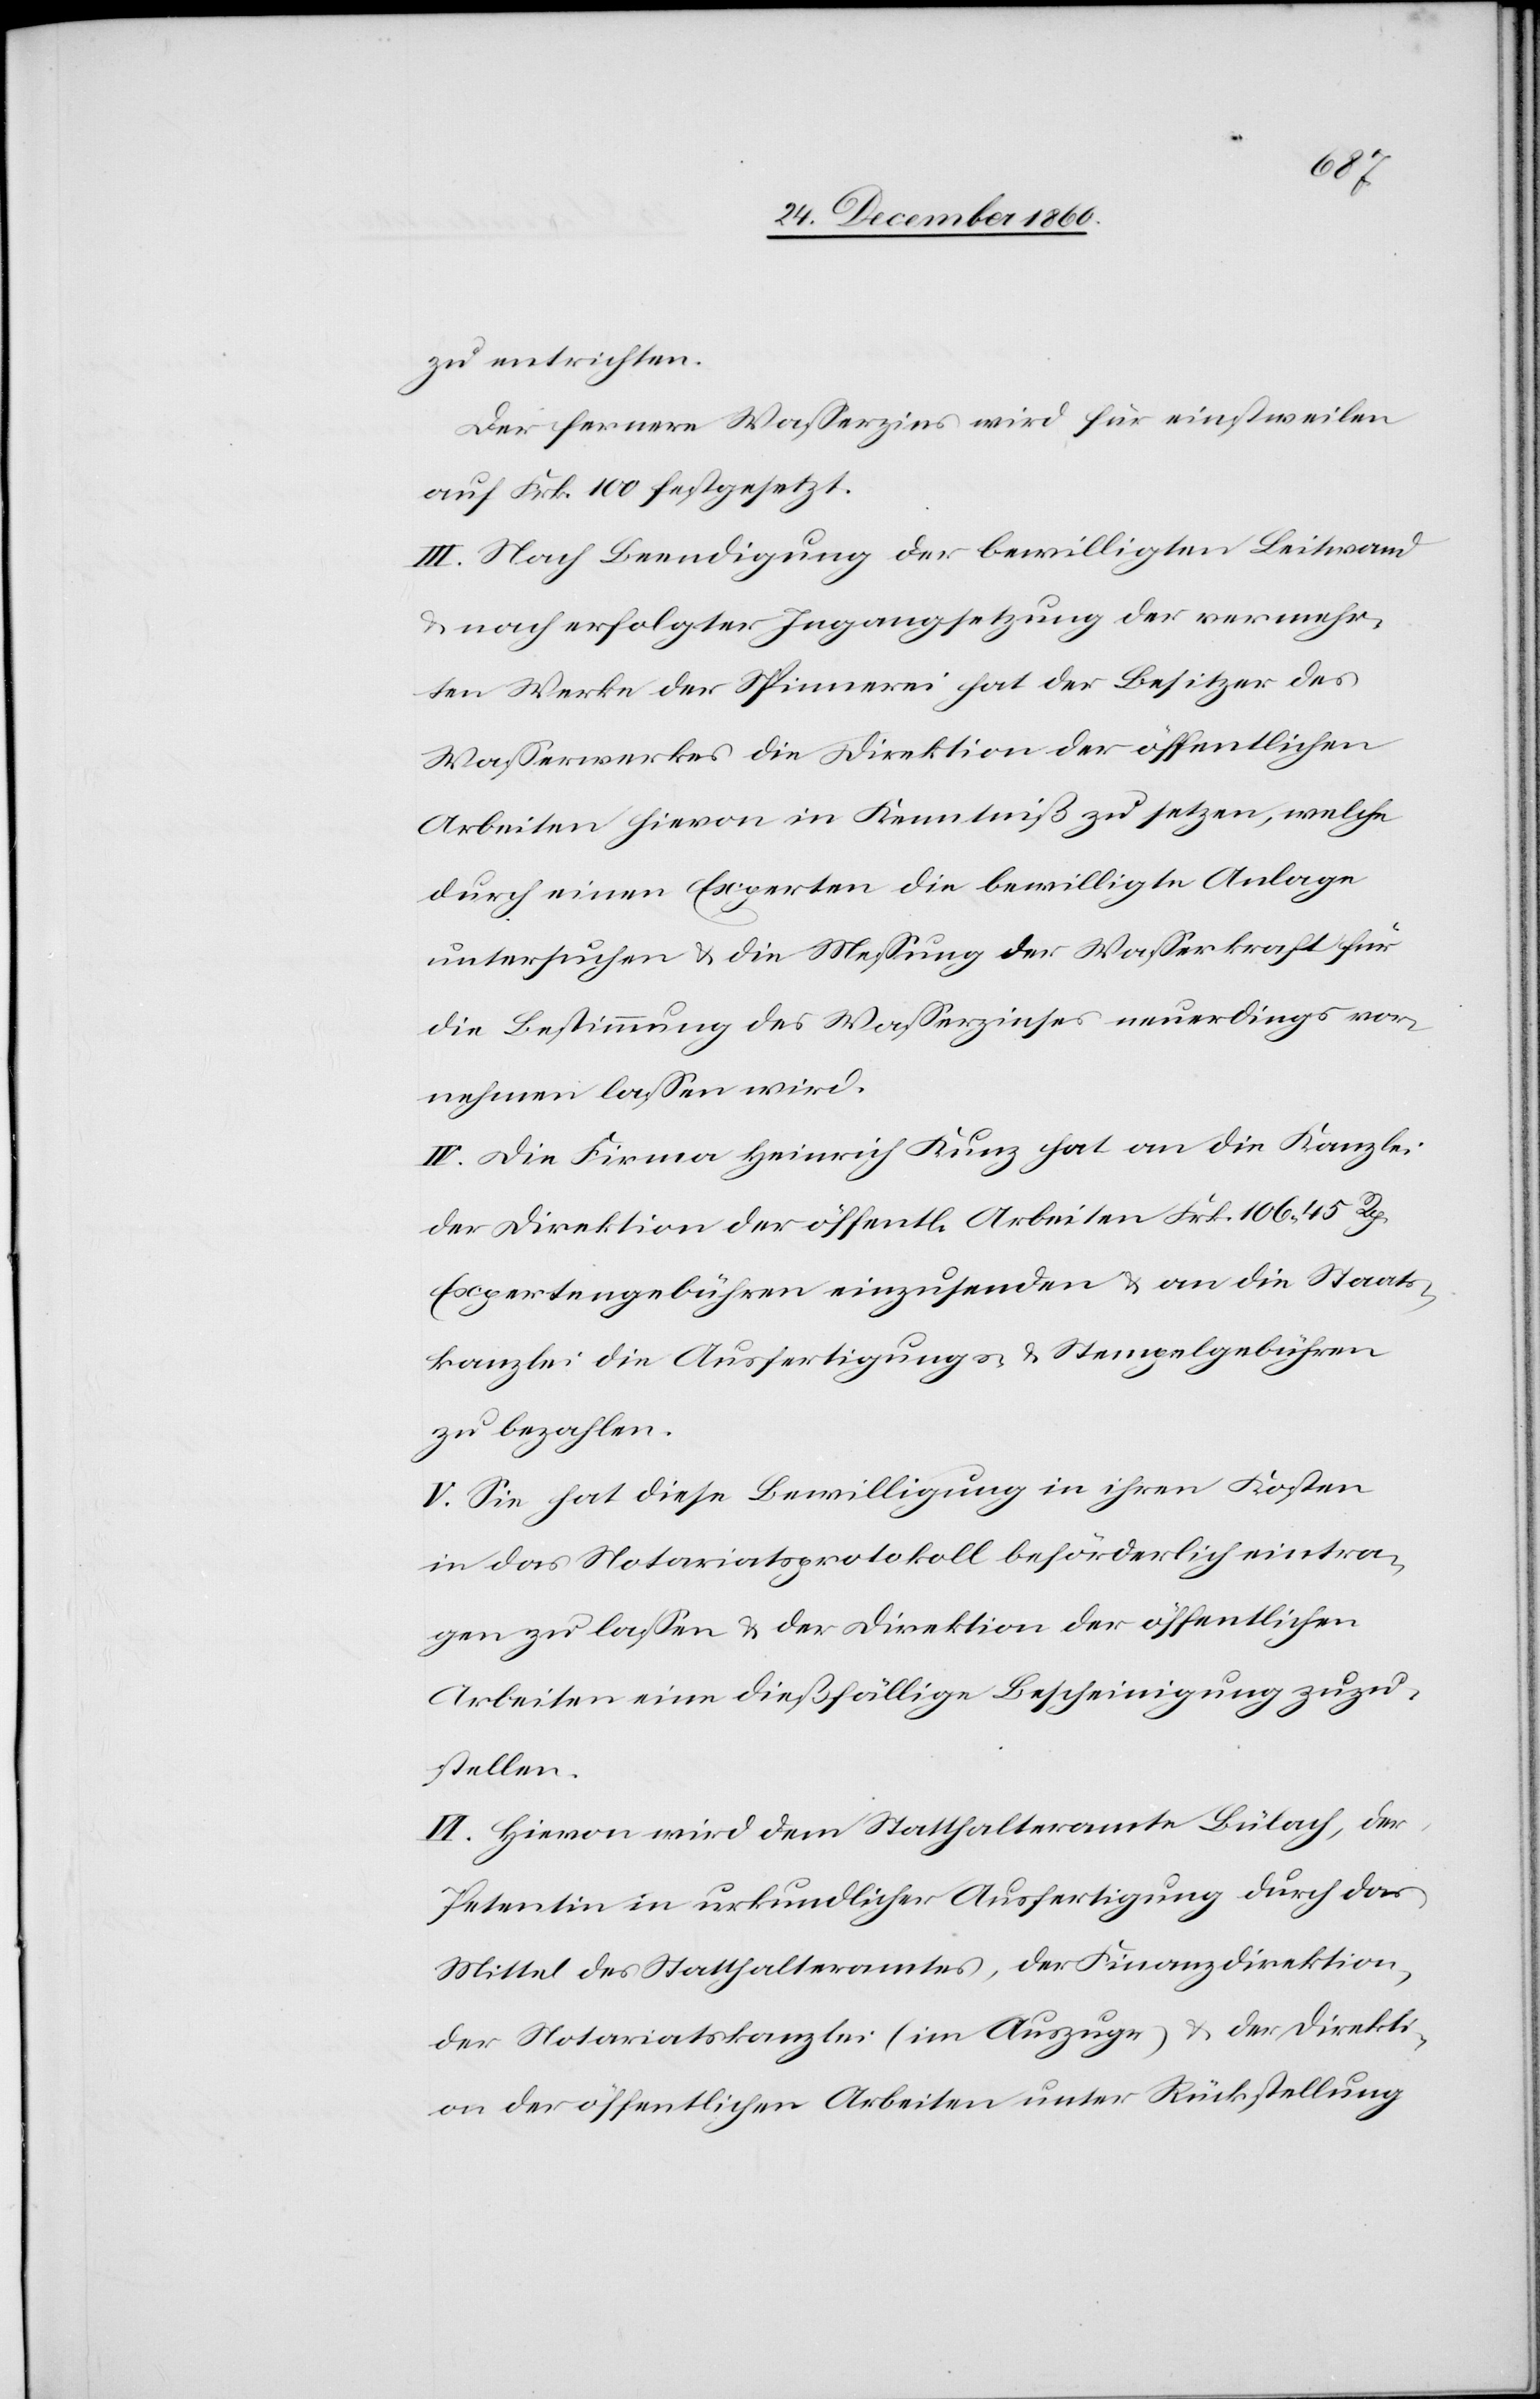
zu entrichten.
Der fernere Wasserzins wird für einstweilen
auf Frk. 100 festgesetzt.
III. Nach Beendigung der bewilligten Leitwand
u. nach erfolgter Ingangsetzung der vermehr¬
ten Werke der Spinnerei hat der Besitzer des
Wasserwerkes die Direktion der öffentlichen
Arbeiten hievon in Kenntniß zu setzen, welche
durch einen Experten die bewilligte Anlage
untersuchen u. die Messung der Wasserkraft für
die Bestimmung des Wasserzinses neuerdings vor¬
nehmen lassen wird.
IV. Die Firma Heinrich Kunz hat an die Kanzlei
der Direktion der öffentl. Arbeiten Frk. 106 45 Rp.
Expertengebühren einzusenden u. an die Staats¬
kanzlei die Ausfertigungs- u. Stempelgebühren
zu bezahlen.
V. Sie hat diese Bewilligung in ihren Kosten
in das Notariatsprotokoll beförderlich eintra¬
gen zu lassen u. der Direktion der öffentlichen
Arbeiten eine dießfällige Bescheinigung zuzu¬
stellen.
VI. Hievon wird dem Statthalteramte Bülach, der
Petentin in urkundlicher Ausfertigung durch das
Mittel des Statthalteramtes, der Finanzdirektion,
der Notariatskanzlei (im Auszuge) u. der Direkti¬
on der öffentlichen Arbeiten unter Rückstellung